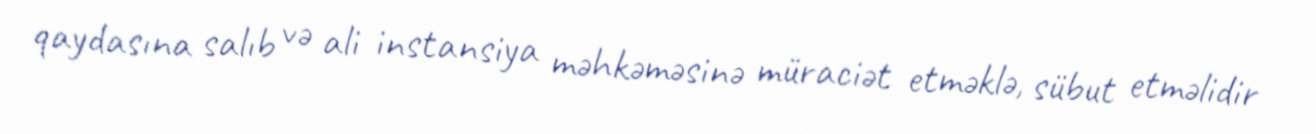
qaydasına salıb və ali instansiya məhkəməsinə müraciət etməklə, sübut etməlidir